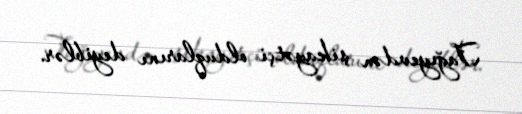
Tağıyevdən şikayətçi olduqlarını deyiblər.